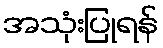
အသုံးပြုရန်